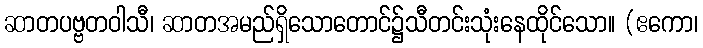
ဆာတပဗ္ဗတဝါသီ၊ ဆာတအမည်ရှိသောတောင်၌သီတင်းသုံးနေထိုင်သော။ (ဧကော၊